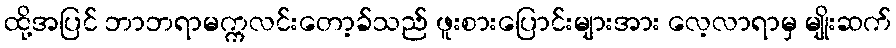
ထို့အပြင် ဘာဘရာမက္ကလင်းတော့ခ်သည် ဖူးစားပြောင်းများအား လေ့လာရာမှ မျိုးဆက်